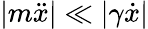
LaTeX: |m\ddot{x}|\ll|\gamma\dot{x}|